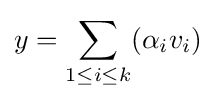
y=\sum _{1\leq i\leq k}(\alpha _{i}v_{i})